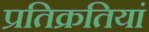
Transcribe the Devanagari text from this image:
प्रतिक्रतियां